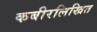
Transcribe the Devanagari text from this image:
कबीरलिखित